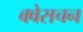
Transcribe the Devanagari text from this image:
क्वेसचन